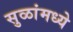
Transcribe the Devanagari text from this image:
सुळांमध्ये